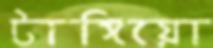
টাঙ্গিয়ো